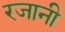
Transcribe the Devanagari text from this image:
रजानी